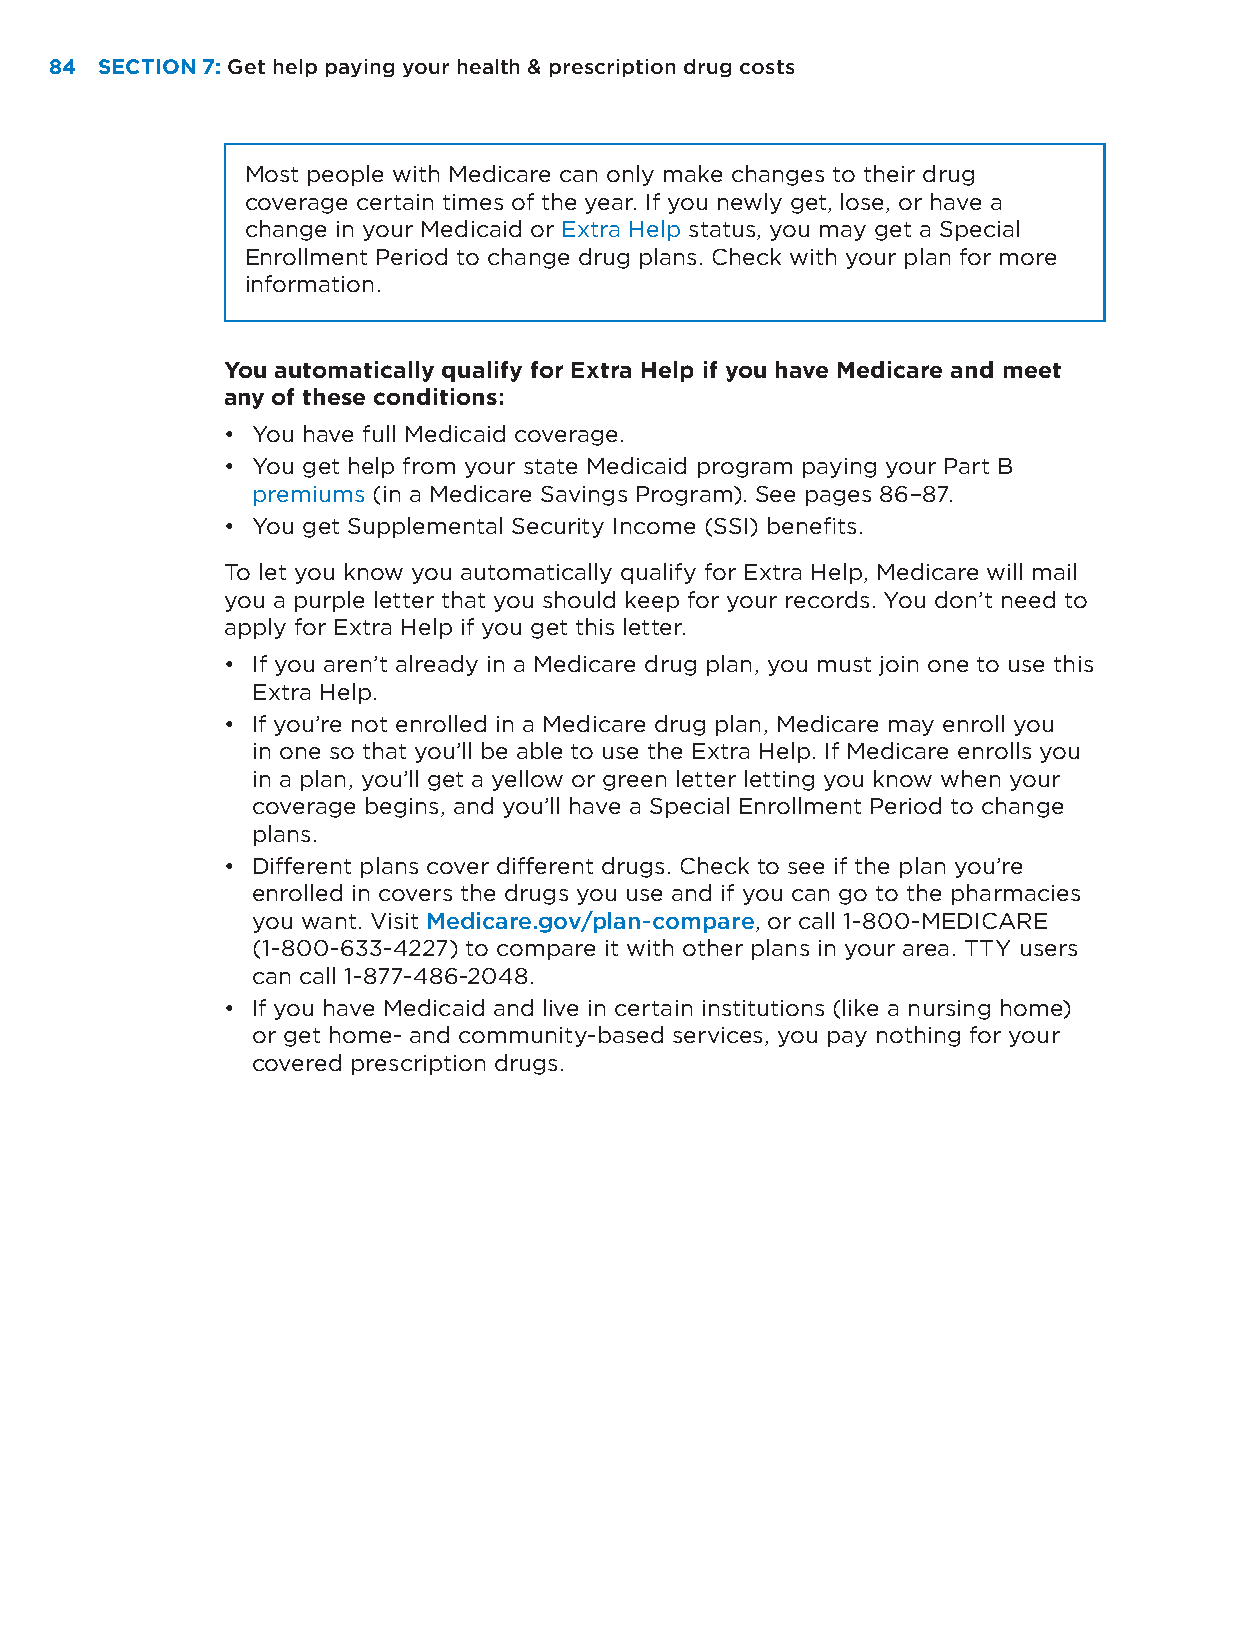
84 SECTION 7: Get help paying your health & prescription drug costs
 Most people with Medicare can only make changes to their drug
 coverage certain times of the year. If you newly get, lose, or have a
 change in your Medicaid or Extra Help status, you may get a Special
 Enrollment Period to change drug plans. Check with your plan for more
 information.
 You automatically qualify for Extra Help if you have Medicare and meet
 any of these conditions:
 • You have full Medicaid coverage.
 • You get help from your state Medicaid program paying your Part B
 premiums (in a Medicare Savings Program). See pages 86–87.
 • You get Supplemental Security Income (SSI) benefits.
 To let you know you automatically qualify for Extra Help, Medicare will mail
 you a purple letter that you should keep for your records. You don’t need to
 apply for Extra Help if you get this letter.
 • If you aren’t already in a Medicare drug plan, you must join one to use this
 Extra Help.
 • If you’re not enrolled in a Medicare drug plan, Medicare may enroll you
 in one so that you’ll be able to use the Extra Help. If Medicare enrolls you
 in a plan, you’ll get a yellow or green letter letting you know when your
 coverage begins, and you’ll have a Special Enrollment Period to change
 plans.
 • Different plans cover different drugs. Check to see if the plan you’re
 enrolled in covers the drugs you use and if you can go to the pharmacies
 you want. Visit Medicare.gov/plan-compare, or call 1-800-MEDICARE
 (1-800-633-4227) to compare it with other plans in your area. TTY users
 can call 1-877-486-2048.
 • If you have Medicaid and live in certain institutions (like a nursing home)
 or get home- and community-based services, you pay nothing for your
 covered prescription drugs.